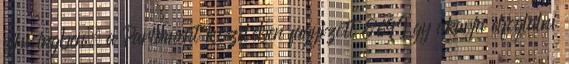
ujjú ingben, a Parlament közelében fagyizott 869Így akarja elfoglalni